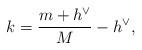
LaTeX: \begin{align*}k=\frac{m+h^\vee}{M}- h^\vee, \end{align*}